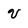
Character: V